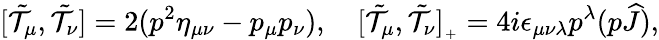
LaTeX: [\tilde{\cal T}_{\mu},\tilde{\cal T}_{\nu}]=2(p^{2}\eta_{\mu\nu}-p_{\mu}p_{\nu}),\quad[\tilde{\cal T}_{\mu},\tilde{\cal T}_{\nu}]_{{}_{+}}=4i\epsilon_{\mu\nu\lambda}p^{\lambda}(p\widehat{J}),